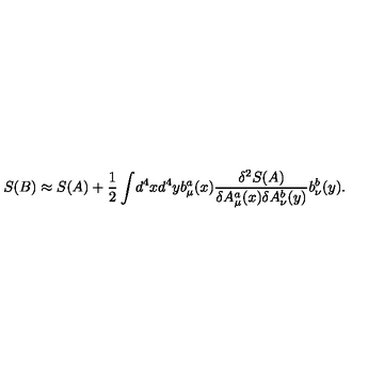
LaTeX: S ( B ) \approx S ( A ) + { \frac { 1 } { 2 } } \int \! d ^ { 4 } x d ^ { 4 } y b _ { \mu } ^ { a } ( x ) { \frac { \delta ^ { 2 } S ( A ) } { \delta A _ { \mu } ^ { a } ( x ) \delta A _ { \nu } ^ { b } ( y ) } } b _ { \nu } ^ { b } ( y ) .